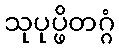
သုပုပ္ဖိတဂ္ဂံ